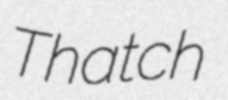
Thatch